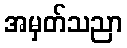
အမှတ်သညာ